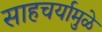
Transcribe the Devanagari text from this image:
साहचर्यामुळे